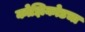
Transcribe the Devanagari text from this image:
कोझिकोडचा